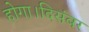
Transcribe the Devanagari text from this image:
होगा।दिसंबर